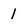
Character: 1